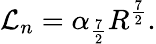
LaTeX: {\cal{L}}_{n}=\alpha_{\frac{7}{2}}R^{\frac{7}{2}}.